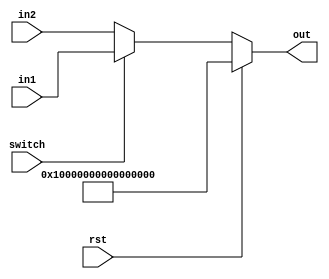
module mux64 (
    input switch,
    input [63:0] in1,
    input [63:0] in2,
    input rst,
    output reg [63:0] out
    );

    always @* begin
        if (rst) begin
            out = ~0;
        end else
        if(switch) out = in1;
        else out = in2;
    end

endmodule